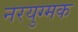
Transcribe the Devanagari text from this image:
नरयुग्मक